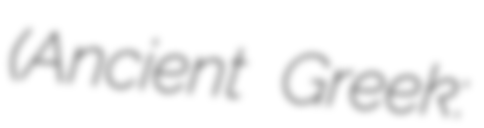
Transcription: (Ancient Greek: